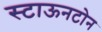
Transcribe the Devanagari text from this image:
स्टाऊनटोन